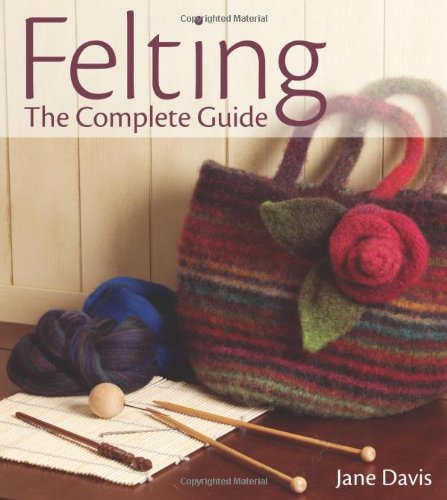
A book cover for Felting - The Complete Guide; Jane Davis; Crafts, Hobbies & Home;